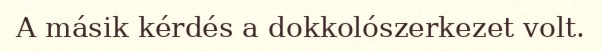
A másik kérdés a dokkolószerkezet volt.